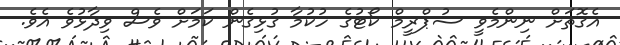
އެގޮތަށް ނިންމެވީ ސުޕްރީމް ކޯޓުގެ ހުކުމާ ގުޅިގެން ކަމަށް ވެސް ވިދާޅުވެ އެވެ.